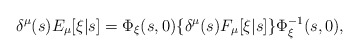
\begin{align*}\delta^\mu(s) E_\mu[\xi|s] = \Phi_\xi(s,0) \{\delta^\mu(s) F_\mu[\xi|s]\} \Phi_\xi^{-1}(s,0),\end{align*}